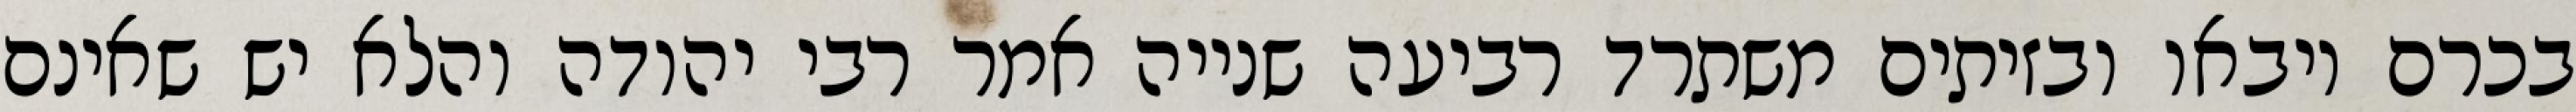
בכרם ויבאו ובזיתים משתרד רביעה שנייה אמר רבי יהודה והלא יש שאינם